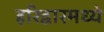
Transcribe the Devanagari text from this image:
हरिद्वारमध्ये